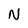
Character: N